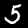
Label: 5